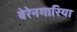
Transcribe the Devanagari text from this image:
बेरेनगारिया